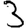
Digit: 3